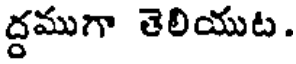
ద్దముగా తెలియుట.